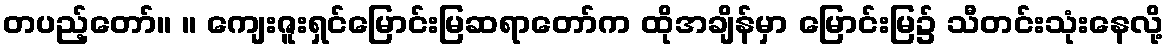
တပည့်တော်။ ။ ကျေးဇူးရှင်မြောင်းမြဆရာတော်က ထိုအချိန်မှာ မြောင်းမြ၌ သီတင်းသုံးနေလို့